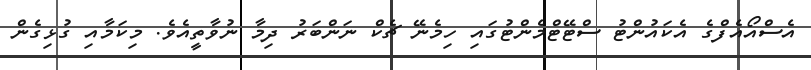
އެސްއޯއެފްގެ އެކައުންޓު ސްޓޭޓްމެންޓުގައި ހިމެނޭ ޗެކް ނަންބަރު ދިމާ ނުވާތީއެވެ. މިކަމާއި ގުޅިގެންް